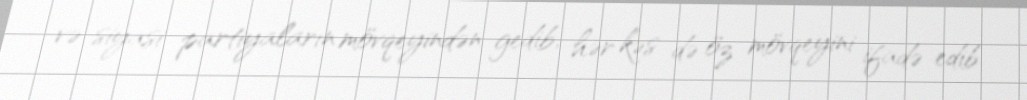
və siyasi partiyaların mövqeyindən gedib, hər kəs də öz mövqeyini ifadə edib.